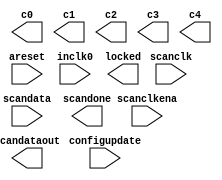
// megafunction wizard: %ALTPLL%VBB%
// GENERATION: STANDARD
// VERSION: WM1.0
// MODULE: altpll 

// ============================================================
// Megafunction Name(s):
// 			altpll
//
// Simulation Library Files(s):
// 			altera_mf
// ============================================================
// ************************************************************
// THIS IS A WIZARD-GENERATED FILE. DO NOT EDIT THIS FILE!
//
// 9.1 Build 222 10/21/2009 SP 0.08 SJ Full Version
// ************************************************************

//Copyright (C) 1991-2009 Altera Corporation
//Your use of Altera Corporation's design tools, logic functions 
//and other software and tools, and its AMPP partner logic 
//functions, and any output files from any of the foregoing 
//(including device programming or simulation files), and any 
//associated documentation or information are expressly subject 
//to the terms and conditions of the Altera Program License 
//Subscription Agreement, Altera MegaCore Function License 
//Agreement, or other applicable license agreement, including, 
//without limitation, that your use is for the sole purpose of 
//programming logic devices manufactured by Altera and sold by 
//Altera or its authorized distributors.  Please refer to the 
//applicable agreement for further details.

module the_pll (
	areset,
	configupdate,
	inclk0,
	scanclk,
	scanclkena,
	scandata,
	c0,
	c1,
	c2,
	c3,
	c4,
	locked,
	scandataout,
	scandone);

	input	  areset;
	input	  configupdate;
	input	  inclk0;
	input	  scanclk;
	input	  scanclkena;
	input	  scandata;
	output	  c0;
	output	  c1;
	output	  c2;
	output	  c3;
	output	  c4;
	output	  locked;
	output	  scandataout;
	output	  scandone;
`ifndef ALTERA_RESERVED_QIS
// synopsys translate_off
`endif
	tri0	  areset;
	tri0	  configupdate;
	tri0	  scanclkena;
	tri0	  scandata;
`ifndef ALTERA_RESERVED_QIS
// synopsys translate_on
`endif

endmodule

// ============================================================
// CNX file retrieval info
// ============================================================
// Retrieval info: PRIVATE: ACTIVECLK_CHECK STRING "0"
// Retrieval info: PRIVATE: BANDWIDTH STRING "1.000"
// Retrieval info: PRIVATE: BANDWIDTH_FEATURE_ENABLED STRING "1"
// Retrieval info: PRIVATE: BANDWIDTH_FREQ_UNIT STRING "MHz"
// Retrieval info: PRIVATE: BANDWIDTH_PRESET STRING "High"
// Retrieval info: PRIVATE: BANDWIDTH_USE_AUTO STRING "1"
// Retrieval info: PRIVATE: BANDWIDTH_USE_PRESET STRING "0"
// Retrieval info: PRIVATE: CLKBAD_SWITCHOVER_CHECK STRING "0"
// Retrieval info: PRIVATE: CLKLOSS_CHECK STRING "0"
// Retrieval info: PRIVATE: CLKSWITCH_CHECK STRING "0"
// Retrieval info: PRIVATE: CNX_NO_COMPENSATE_RADIO STRING "0"
// Retrieval info: PRIVATE: CREATE_CLKBAD_CHECK STRING "0"
// Retrieval info: PRIVATE: CREATE_INCLK1_CHECK STRING "0"
// Retrieval info: PRIVATE: CUR_DEDICATED_CLK STRING "c4"
// Retrieval info: PRIVATE: CUR_FBIN_CLK STRING "c4"
// Retrieval info: PRIVATE: DEVICE_SPEED_GRADE STRING "6"
// Retrieval info: PRIVATE: DIV_FACTOR0 NUMERIC "40"
// Retrieval info: PRIVATE: DIV_FACTOR1 NUMERIC "10"
// Retrieval info: PRIVATE: DIV_FACTOR2 NUMERIC "40"
// Retrieval info: PRIVATE: DIV_FACTOR3 NUMERIC "10"
// Retrieval info: PRIVATE: DIV_FACTOR4 NUMERIC "20"
// Retrieval info: PRIVATE: DUTY_CYCLE0 STRING "50.00000000"
// Retrieval info: PRIVATE: DUTY_CYCLE1 STRING "50.00000000"
// Retrieval info: PRIVATE: DUTY_CYCLE2 STRING "50.00000000"
// Retrieval info: PRIVATE: DUTY_CYCLE3 STRING "50.00000000"
// Retrieval info: PRIVATE: DUTY_CYCLE4 STRING "50.00000000"
// Retrieval info: PRIVATE: EFF_OUTPUT_FREQ_VALUE0 STRING "500.000000"
// Retrieval info: PRIVATE: EFF_OUTPUT_FREQ_VALUE1 STRING "500.000000"
// Retrieval info: PRIVATE: EFF_OUTPUT_FREQ_VALUE2 STRING "125.000000"
// Retrieval info: PRIVATE: EFF_OUTPUT_FREQ_VALUE3 STRING "125.000000"
// Retrieval info: PRIVATE: EFF_OUTPUT_FREQ_VALUE4 STRING "250.000000"
// Retrieval info: PRIVATE: EXPLICIT_SWITCHOVER_COUNTER STRING "0"
// Retrieval info: PRIVATE: EXT_FEEDBACK_RADIO STRING "0"
// Retrieval info: PRIVATE: GLOCKED_COUNTER_EDIT_CHANGED STRING "1"
// Retrieval info: PRIVATE: GLOCKED_FEATURE_ENABLED STRING "0"
// Retrieval info: PRIVATE: GLOCKED_MODE_CHECK STRING "0"
// Retrieval info: PRIVATE: GLOCK_COUNTER_EDIT NUMERIC "1048575"
// Retrieval info: PRIVATE: HAS_MANUAL_SWITCHOVER STRING "1"
// Retrieval info: PRIVATE: INCLK0_FREQ_EDIT STRING "50.000"
// Retrieval info: PRIVATE: INCLK0_FREQ_UNIT_COMBO STRING "MHz"
// Retrieval info: PRIVATE: INCLK1_FREQ_EDIT STRING "100.000"
// Retrieval info: PRIVATE: INCLK1_FREQ_EDIT_CHANGED STRING "1"
// Retrieval info: PRIVATE: INCLK1_FREQ_UNIT_CHANGED STRING "1"
// Retrieval info: PRIVATE: INCLK1_FREQ_UNIT_COMBO STRING "MHz"
// Retrieval info: PRIVATE: INTENDED_DEVICE_FAMILY STRING "Cyclone III"
// Retrieval info: PRIVATE: INT_FEEDBACK__MODE_RADIO STRING "1"
// Retrieval info: PRIVATE: LOCKED_OUTPUT_CHECK STRING "1"
// Retrieval info: PRIVATE: LONG_SCAN_RADIO STRING "1"
// Retrieval info: PRIVATE: LVDS_MODE_DATA_RATE STRING "300.000"
// Retrieval info: PRIVATE: LVDS_MODE_DATA_RATE_DIRTY NUMERIC "0"
// Retrieval info: PRIVATE: LVDS_PHASE_SHIFT_UNIT0 STRING "deg"
// Retrieval info: PRIVATE: LVDS_PHASE_SHIFT_UNIT1 STRING "ps"
// Retrieval info: PRIVATE: LVDS_PHASE_SHIFT_UNIT2 STRING "ps"
// Retrieval info: PRIVATE: LVDS_PHASE_SHIFT_UNIT3 STRING "ps"
// Retrieval info: PRIVATE: LVDS_PHASE_SHIFT_UNIT4 STRING "ps"
// Retrieval info: PRIVATE: MIG_DEVICE_SPEED_GRADE STRING "Any"
// Retrieval info: PRIVATE: MIRROR_CLK0 STRING "0"
// Retrieval info: PRIVATE: MIRROR_CLK1 STRING "0"
// Retrieval info: PRIVATE: MIRROR_CLK2 STRING "0"
// Retrieval info: PRIVATE: MIRROR_CLK3 STRING "0"
// Retrieval info: PRIVATE: MIRROR_CLK4 STRING "0"
// Retrieval info: PRIVATE: MULT_FACTOR0 NUMERIC "5"
// Retrieval info: PRIVATE: MULT_FACTOR1 NUMERIC "5"
// Retrieval info: PRIVATE: MULT_FACTOR2 NUMERIC "5"
// Retrieval info: PRIVATE: MULT_FACTOR3 NUMERIC "5"
// Retrieval info: PRIVATE: MULT_FACTOR4 NUMERIC "5"
// Retrieval info: PRIVATE: NORMAL_MODE_RADIO STRING "0"
// Retrieval info: PRIVATE: OUTPUT_FREQ0 STRING "500.00000000"
// Retrieval info: PRIVATE: OUTPUT_FREQ1 STRING "500.00000000"
// Retrieval info: PRIVATE: OUTPUT_FREQ2 STRING "125.00000000"
// Retrieval info: PRIVATE: OUTPUT_FREQ3 STRING "125.00000000"
// Retrieval info: PRIVATE: OUTPUT_FREQ4 STRING "250.00000000"
// Retrieval info: PRIVATE: OUTPUT_FREQ_MODE0 STRING "1"
// Retrieval info: PRIVATE: OUTPUT_FREQ_MODE1 STRING "1"
// Retrieval info: PRIVATE: OUTPUT_FREQ_MODE2 STRING "1"
// Retrieval info: PRIVATE: OUTPUT_FREQ_MODE3 STRING "1"
// Retrieval info: PRIVATE: OUTPUT_FREQ_MODE4 STRING "1"
// Retrieval info: PRIVATE: OUTPUT_FREQ_UNIT0 STRING "MHz"
// Retrieval info: PRIVATE: OUTPUT_FREQ_UNIT1 STRING "MHz"
// Retrieval info: PRIVATE: OUTPUT_FREQ_UNIT2 STRING "MHz"
// Retrieval info: PRIVATE: OUTPUT_FREQ_UNIT3 STRING "MHz"
// Retrieval info: PRIVATE: OUTPUT_FREQ_UNIT4 STRING "MHz"
// Retrieval info: PRIVATE: PHASE_RECONFIG_FEATURE_ENABLED STRING "1"
// Retrieval info: PRIVATE: PHASE_RECONFIG_INPUTS_CHECK STRING "0"
// Retrieval info: PRIVATE: PHASE_SHIFT0 STRING "0.00000000"
// Retrieval info: PRIVATE: PHASE_SHIFT1 STRING "180.00000000"
// Retrieval info: PRIVATE: PHASE_SHIFT2 STRING "0.00000000"
// Retrieval info: PRIVATE: PHASE_SHIFT3 STRING "180.00000000"
// Retrieval info: PRIVATE: PHASE_SHIFT4 STRING "0.00000000"
// Retrieval info: PRIVATE: PHASE_SHIFT_STEP_ENABLED_CHECK STRING "0"
// Retrieval info: PRIVATE: PHASE_SHIFT_UNIT0 STRING "deg"
// Retrieval info: PRIVATE: PHASE_SHIFT_UNIT1 STRING "deg"
// Retrieval info: PRIVATE: PHASE_SHIFT_UNIT2 STRING "deg"
// Retrieval info: PRIVATE: PHASE_SHIFT_UNIT3 STRING "deg"
// Retrieval info: PRIVATE: PHASE_SHIFT_UNIT4 STRING "deg"
// Retrieval info: PRIVATE: PLL_ADVANCED_PARAM_CHECK STRING "0"
// Retrieval info: PRIVATE: PLL_ARESET_CHECK STRING "1"
// Retrieval info: PRIVATE: PLL_AUTOPLL_CHECK NUMERIC "1"
// Retrieval info: PRIVATE: PLL_ENHPLL_CHECK NUMERIC "0"
// Retrieval info: PRIVATE: PLL_FASTPLL_CHECK NUMERIC "0"
// Retrieval info: PRIVATE: PLL_FBMIMIC_CHECK STRING "0"
// Retrieval info: PRIVATE: PLL_LVDS_PLL_CHECK NUMERIC "0"
// Retrieval info: PRIVATE: PLL_PFDENA_CHECK STRING "0"
// Retrieval info: PRIVATE: PLL_TARGET_HARCOPY_CHECK NUMERIC "0"
// Retrieval info: PRIVATE: PRIMARY_CLK_COMBO STRING "inclk0"
// Retrieval info: PRIVATE: RECONFIG_FILE STRING "MainPLL_500MBPS.mif"
// Retrieval info: PRIVATE: SACN_INPUTS_CHECK STRING "1"
// Retrieval info: PRIVATE: SCAN_FEATURE_ENABLED STRING "1"
// Retrieval info: PRIVATE: SELF_RESET_LOCK_LOSS STRING "0"
// Retrieval info: PRIVATE: SHORT_SCAN_RADIO STRING "0"
// Retrieval info: PRIVATE: SPREAD_FEATURE_ENABLED STRING "0"
// Retrieval info: PRIVATE: SPREAD_FREQ STRING "50.000"
// Retrieval info: PRIVATE: SPREAD_FREQ_UNIT STRING "KHz"
// Retrieval info: PRIVATE: SPREAD_PERCENT STRING "0.500"
// Retrieval info: PRIVATE: SPREAD_USE STRING "0"
// Retrieval info: PRIVATE: SRC_SYNCH_COMP_RADIO STRING "0"
// Retrieval info: PRIVATE: STICKY_CLK0 STRING "1"
// Retrieval info: PRIVATE: STICKY_CLK1 STRING "1"
// Retrieval info: PRIVATE: STICKY_CLK2 STRING "1"
// Retrieval info: PRIVATE: STICKY_CLK3 STRING "1"
// Retrieval info: PRIVATE: STICKY_CLK4 STRING "1"
// Retrieval info: PRIVATE: SWITCHOVER_COUNT_EDIT NUMERIC "1"
// Retrieval info: PRIVATE: SWITCHOVER_FEATURE_ENABLED STRING "1"
// Retrieval info: PRIVATE: SYNTH_WRAPPER_GEN_POSTFIX STRING "0"
// Retrieval info: PRIVATE: USE_CLK0 STRING "1"
// Retrieval info: PRIVATE: USE_CLK1 STRING "1"
// Retrieval info: PRIVATE: USE_CLK2 STRING "1"
// Retrieval info: PRIVATE: USE_CLK3 STRING "1"
// Retrieval info: PRIVATE: USE_CLK4 STRING "1"
// Retrieval info: PRIVATE: USE_CLKENA0 STRING "0"
// Retrieval info: PRIVATE: USE_CLKENA1 STRING "0"
// Retrieval info: PRIVATE: USE_CLKENA2 STRING "0"
// Retrieval info: PRIVATE: USE_CLKENA3 STRING "0"
// Retrieval info: PRIVATE: USE_CLKENA4 STRING "0"
// Retrieval info: PRIVATE: USE_MIL_SPEED_GRADE NUMERIC "0"
// Retrieval info: PRIVATE: ZERO_DELAY_RADIO STRING "1"
// Retrieval info: LIBRARY: altera_mf altera_mf.altera_mf_components.all
// Retrieval info: CONSTANT: BANDWIDTH_TYPE STRING "AUTO"
// Retrieval info: CONSTANT: CLK0_DIVIDE_BY NUMERIC "1"
// Retrieval info: CONSTANT: CLK0_DUTY_CYCLE NUMERIC "50"
// Retrieval info: CONSTANT: CLK0_MULTIPLY_BY NUMERIC "10"
// Retrieval info: CONSTANT: CLK0_PHASE_SHIFT STRING "0"
// Retrieval info: CONSTANT: CLK1_DIVIDE_BY NUMERIC "1"
// Retrieval info: CONSTANT: CLK1_DUTY_CYCLE NUMERIC "50"
// Retrieval info: CONSTANT: CLK1_MULTIPLY_BY NUMERIC "10"
// Retrieval info: CONSTANT: CLK1_PHASE_SHIFT STRING "1000"
// Retrieval info: CONSTANT: CLK2_DIVIDE_BY NUMERIC "2"
// Retrieval info: CONSTANT: CLK2_DUTY_CYCLE NUMERIC "50"
// Retrieval info: CONSTANT: CLK2_MULTIPLY_BY NUMERIC "5"
// Retrieval info: CONSTANT: CLK2_PHASE_SHIFT STRING "0"
// Retrieval info: CONSTANT: CLK3_DIVIDE_BY NUMERIC "2"
// Retrieval info: CONSTANT: CLK3_DUTY_CYCLE NUMERIC "50"
// Retrieval info: CONSTANT: CLK3_MULTIPLY_BY NUMERIC "5"
// Retrieval info: CONSTANT: CLK3_PHASE_SHIFT STRING "4000"
// Retrieval info: CONSTANT: CLK4_DIVIDE_BY NUMERIC "1"
// Retrieval info: CONSTANT: CLK4_DUTY_CYCLE NUMERIC "50"
// Retrieval info: CONSTANT: CLK4_MULTIPLY_BY NUMERIC "5"
// Retrieval info: CONSTANT: CLK4_PHASE_SHIFT STRING "0"
// Retrieval info: CONSTANT: COMPENSATE_CLOCK STRING "CLK4"
// Retrieval info: CONSTANT: INCLK0_INPUT_FREQUENCY NUMERIC "20000"
// Retrieval info: CONSTANT: INTENDED_DEVICE_FAMILY STRING "Cyclone III"
// Retrieval info: CONSTANT: LPM_TYPE STRING "altpll"
// Retrieval info: CONSTANT: OPERATION_MODE STRING "ZERO_DELAY_BUFFER"
// Retrieval info: CONSTANT: PLL_TYPE STRING "AUTO"
// Retrieval info: CONSTANT: PORT_ACTIVECLOCK STRING "PORT_UNUSED"
// Retrieval info: CONSTANT: PORT_ARESET STRING "PORT_USED"
// Retrieval info: CONSTANT: PORT_CLKBAD0 STRING "PORT_UNUSED"
// Retrieval info: CONSTANT: PORT_CLKBAD1 STRING "PORT_UNUSED"
// Retrieval info: CONSTANT: PORT_CLKLOSS STRING "PORT_UNUSED"
// Retrieval info: CONSTANT: PORT_CLKSWITCH STRING "PORT_UNUSED"
// Retrieval info: CONSTANT: PORT_CONFIGUPDATE STRING "PORT_USED"
// Retrieval info: CONSTANT: PORT_FBIN STRING "PORT_UNUSED"
// Retrieval info: CONSTANT: PORT_INCLK0 STRING "PORT_USED"
// Retrieval info: CONSTANT: PORT_INCLK1 STRING "PORT_UNUSED"
// Retrieval info: CONSTANT: PORT_LOCKED STRING "PORT_USED"
// Retrieval info: CONSTANT: PORT_PFDENA STRING "PORT_UNUSED"
// Retrieval info: CONSTANT: PORT_PHASECOUNTERSELECT STRING "PORT_UNUSED"
// Retrieval info: CONSTANT: PORT_PHASEDONE STRING "PORT_UNUSED"
// Retrieval info: CONSTANT: PORT_PHASESTEP STRING "PORT_UNUSED"
// Retrieval info: CONSTANT: PORT_PHASEUPDOWN STRING "PORT_UNUSED"
// Retrieval info: CONSTANT: PORT_PLLENA STRING "PORT_UNUSED"
// Retrieval info: CONSTANT: PORT_SCANACLR STRING "PORT_UNUSED"
// Retrieval info: CONSTANT: PORT_SCANCLK STRING "PORT_USED"
// Retrieval info: CONSTANT: PORT_SCANCLKENA STRING "PORT_USED"
// Retrieval info: CONSTANT: PORT_SCANDATA STRING "PORT_USED"
// Retrieval info: CONSTANT: PORT_SCANDATAOUT STRING "PORT_USED"
// Retrieval info: CONSTANT: PORT_SCANDONE STRING "PORT_USED"
// Retrieval info: CONSTANT: PORT_SCANREAD STRING "PORT_UNUSED"
// Retrieval info: CONSTANT: PORT_SCANWRITE STRING "PORT_UNUSED"
// Retrieval info: CONSTANT: PORT_clk0 STRING "PORT_USED"
// Retrieval info: CONSTANT: PORT_clk1 STRING "PORT_USED"
// Retrieval info: CONSTANT: PORT_clk2 STRING "PORT_USED"
// Retrieval info: CONSTANT: PORT_clk3 STRING "PORT_USED"
// Retrieval info: CONSTANT: PORT_clk4 STRING "PORT_USED"
// Retrieval info: CONSTANT: PORT_clk5 STRING "PORT_UNUSED"
// Retrieval info: CONSTANT: PORT_clkena0 STRING "PORT_UNUSED"
// Retrieval info: CONSTANT: PORT_clkena1 STRING "PORT_UNUSED"
// Retrieval info: CONSTANT: PORT_clkena2 STRING "PORT_UNUSED"
// Retrieval info: CONSTANT: PORT_clkena3 STRING "PORT_UNUSED"
// Retrieval info: CONSTANT: PORT_clkena4 STRING "PORT_UNUSED"
// Retrieval info: CONSTANT: PORT_clkena5 STRING "PORT_UNUSED"
// Retrieval info: CONSTANT: PORT_extclk0 STRING "PORT_UNUSED"
// Retrieval info: CONSTANT: PORT_extclk1 STRING "PORT_UNUSED"
// Retrieval info: CONSTANT: PORT_extclk2 STRING "PORT_UNUSED"
// Retrieval info: CONSTANT: PORT_extclk3 STRING "PORT_UNUSED"
// Retrieval info: CONSTANT: SELF_RESET_ON_LOSS_LOCK STRING "OFF"
// Retrieval info: CONSTANT: WIDTH_CLOCK NUMERIC "5"
// Retrieval info: CONSTANT: scan_chain_mif_file STRING "MainPLL_500MBPS.mif"
// Retrieval info: USED_PORT: @clk 0 0 5 0 OUTPUT_CLK_EXT VCC "@clk[4..0]"
// Retrieval info: USED_PORT: areset 0 0 0 0 INPUT GND "areset"
// Retrieval info: USED_PORT: c0 0 0 0 0 OUTPUT_CLK_EXT VCC "c0"
// Retrieval info: USED_PORT: c1 0 0 0 0 OUTPUT_CLK_EXT VCC "c1"
// Retrieval info: USED_PORT: c2 0 0 0 0 OUTPUT_CLK_EXT VCC "c2"
// Retrieval info: USED_PORT: c3 0 0 0 0 OUTPUT_CLK_EXT VCC "c3"
// Retrieval info: USED_PORT: c4 0 0 0 0 OUTPUT_CLK_EXT VCC "c4"
// Retrieval info: USED_PORT: configupdate 0 0 0 0 INPUT GND "configupdate"
// Retrieval info: USED_PORT: inclk0 0 0 0 0 INPUT_CLK_EXT GND "inclk0"
// Retrieval info: USED_PORT: locked 0 0 0 0 OUTPUT GND "locked"
// Retrieval info: USED_PORT: scanclk 0 0 0 0 INPUT_CLK_EXT VCC "scanclk"
// Retrieval info: USED_PORT: scanclkena 0 0 0 0 INPUT GND "scanclkena"
// Retrieval info: USED_PORT: scandata 0 0 0 0 INPUT GND "scandata"
// Retrieval info: USED_PORT: scandataout 0 0 0 0 OUTPUT VCC "scandataout"
// Retrieval info: USED_PORT: scandone 0 0 0 0 OUTPUT VCC "scandone"
// Retrieval info: CONNECT: locked 0 0 0 0 @locked 0 0 0 0
// Retrieval info: CONNECT: scandone 0 0 0 0 @scandone 0 0 0 0
// Retrieval info: CONNECT: @inclk 0 0 1 0 inclk0 0 0 0 0
// Retrieval info: CONNECT: c0 0 0 0 0 @clk 0 0 1 0
// Retrieval info: CONNECT: @scandata 0 0 0 0 scandata 0 0 0 0
// Retrieval info: CONNECT: c1 0 0 0 0 @clk 0 0 1 1
// Retrieval info: CONNECT: @scanclkena 0 0 0 0 scanclkena 0 0 0 0
// Retrieval info: CONNECT: c3 0 0 0 0 @clk 0 0 1 3
// Retrieval info: CONNECT: c2 0 0 0 0 @clk 0 0 1 2
// Retrieval info: CONNECT: c4 0 0 0 0 @clk 0 0 1 4
// Retrieval info: CONNECT: @configupdate 0 0 0 0 configupdate 0 0 0 0
// Retrieval info: CONNECT: scandataout 0 0 0 0 @scandataout 0 0 0 0
// Retrieval info: CONNECT: @inclk 0 0 1 1 GND 0 0 0 0
// Retrieval info: CONNECT: @scanclk 0 0 0 0 scanclk 0 0 0 0
// Retrieval info: CONNECT: @areset 0 0 0 0 areset 0 0 0 0
// Retrieval info: GEN_FILE: TYPE_NORMAL the_pll.v TRUE
// Retrieval info: GEN_FILE: TYPE_NORMAL the_pll.ppf TRUE
// Retrieval info: GEN_FILE: TYPE_NORMAL the_pll.inc TRUE
// Retrieval info: GEN_FILE: TYPE_NORMAL the_pll.cmp TRUE
// Retrieval info: GEN_FILE: TYPE_NORMAL the_pll.bsf TRUE
// Retrieval info: GEN_FILE: TYPE_NORMAL the_pll_inst.v TRUE
// Retrieval info: GEN_FILE: TYPE_NORMAL the_pll_bb.v TRUE
// Retrieval info: GEN_FILE: TYPE_NORMAL the_pll.mif TRUE
// Retrieval info: GEN_FILE: TYPE_NORMAL the_pll_initial.mif TRUE
// Retrieval info: LIB_FILE: altera_mf
// Retrieval info: CBX_MODULE_PREFIX: ON